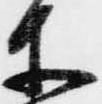
等